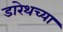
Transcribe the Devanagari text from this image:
डारेथच्या